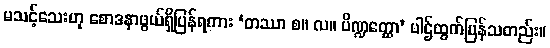
မသင့်သေးဟု စောဒနာဖွယ်ရှိပြန်ရကား ‘တဿာ စ။ လ။ ပိဏ္ဍတ္ထော’ ပါဌ်ထွက်ပြန်သတည်း။